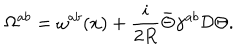
LaTeX: \Omega ^ { a b } = \omega ^ { a b } ( x ) + { \frac { i } { 2 R } } \bar { \Theta } \gamma ^ { a b } { \cal D } \Theta .